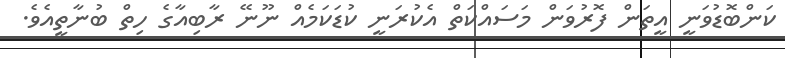
ކަންބޮޑުވަނީ އީތަން ފޮރުވަން މަސައްކަތް އެކުރަނީ ކުޑަކަމެއް ނޫނޭ ރާބިއާގެ ހިތް ބުނާތީއެވެ.